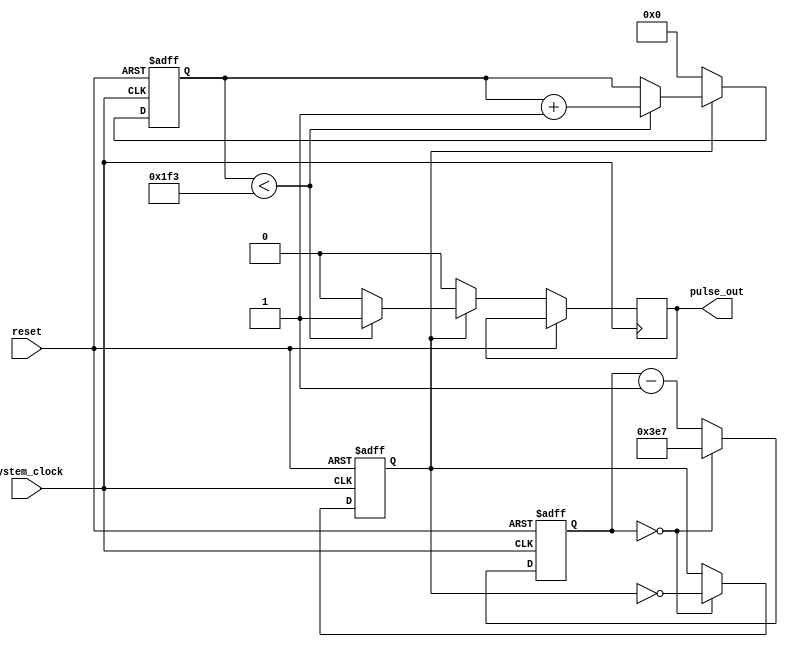
module DutyCyclePulseGenerator (
    input wire system_clock,
    input wire reset,
    output wire pulse_out
);

reg [11:0] clock_counter;
reg [11:0] duty_cycle_counter;
reg pulse_state;

always @(posedge system_clock or posedge reset) begin
    if (reset) begin
        clock_counter <= 12'd0;
        duty_cycle_counter <= 12'd0;
        pulse_state <= 1'b0;
    end else begin
        if (clock_counter == 12'd0) begin
            clock_counter <= 12'd999; // Set frequency of generated pulses
            pulse_state <= ~pulse_state; // Toggle pulse output
        end else begin
            clock_counter <= clock_counter - 1;
        end
        
        if (pulse_state) begin
            if (duty_cycle_counter < 12'd499) begin // Set duty cycle ratio here (e.g. 50%)
                pulse_out <= 1'b1;
                duty_cycle_counter <= duty_cycle_counter + 1;
            end else begin
                pulse_out <= 1'b0;
            end
        end else begin
            pulse_out <= 1'b0;
            duty_cycle_counter <= 12'd0;
        end
    end
end

endmodule